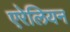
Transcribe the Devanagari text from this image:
एरेलियन